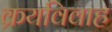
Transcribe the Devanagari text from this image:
क्रयविवाह